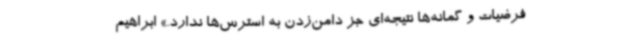
فرضیات و گمانه‌ها نتیجه‌ای جز دامن‌زدن به استرس‌ها ندارد.» ابراهیم